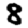
Digit: 8